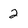
Character: 2